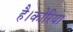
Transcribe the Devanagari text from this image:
है।कोरिया